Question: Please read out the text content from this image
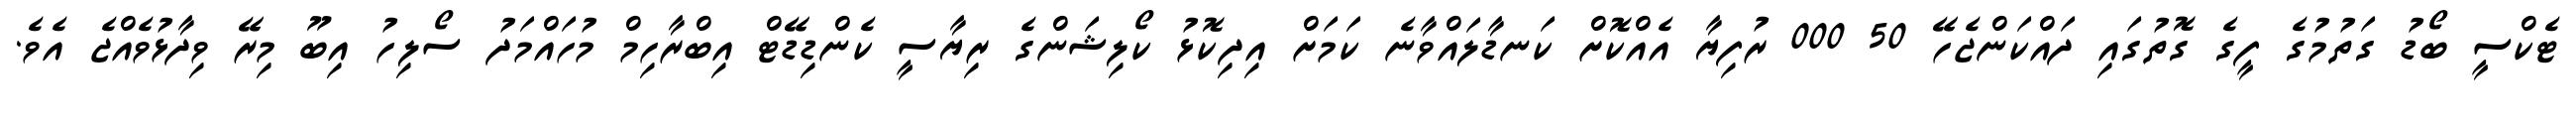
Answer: ޓެކްސީ ބޯޑު ގަތުމުގެ ފީގެ ގޮތުގައި ދައްކަންޖެހޭ 50 000 ރުފިޔާ އެއްކޮށް ކަނޑާލައްވާނެ ކަމަށް އިދިކޮޅު ކޯލިޝަންގެ ރިޔާސީ ކެންޑިޑޭޓް އިބްރާހިމް މުހައްމަދު ސޯލިހު އިބޫ މިރޭ ވިދާޅުވެއްޖެ އެވެ.